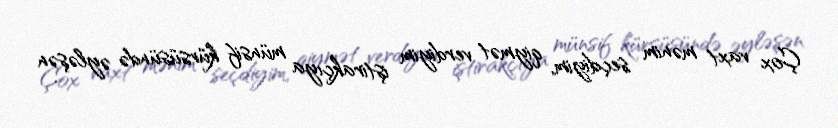
Çox vaxt mənim seçdiyim, qiymət verdiyim iştirakçıya münsif kürsüsündə əyləşən